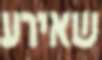
שאירע